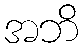
အဘိ